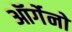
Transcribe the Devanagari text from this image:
ऑर्गेनो